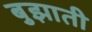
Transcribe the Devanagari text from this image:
बुझाती